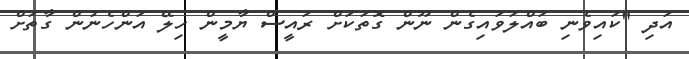
އަދި "ކައިވެނި ބައްލަވައިގެން ނޫން ގޮތަކަށް ރައީސް ޔާމީން ހިލޭ އަންހެނުން ގާތަށް